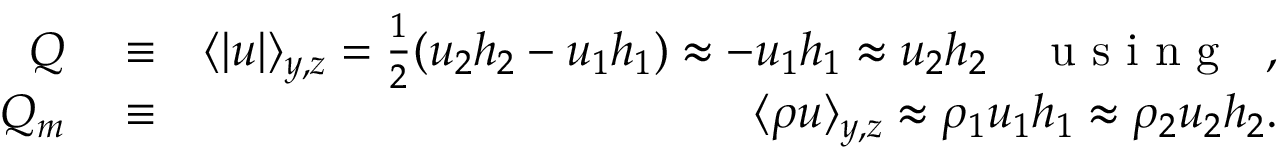
\begin{array} { r l r } { Q } & { { } \equiv } & { \langle | u | \rangle _ { y , z } = \frac { 1 } { 2 } ( u _ { 2 } h _ { 2 } - u _ { 1 } h _ { 1 } ) \approx - u _ { 1 } h _ { 1 } \approx u _ { 2 } h _ { 2 } \quad \mathrm { ~ u ~ s ~ i ~ n ~ g ~ } \ \ , } \\ { Q _ { m } } & { { } \equiv } & { \langle \rho u \rangle _ { y , z } \approx \rho _ { 1 } u _ { 1 } h _ { 1 } \approx \rho _ { 2 } u _ { 2 } h _ { 2 } . } \end{array}